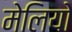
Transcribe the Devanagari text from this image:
मेलियो